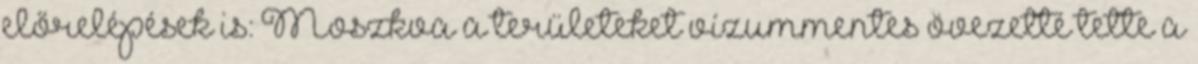
előrelépések is: Moszkva a területeket vízummentes övezetté tette a